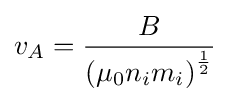
v_{A}={\frac {B}{\left(\mu _{0}n_{i}m_{i}\right)^{\frac {1}{2}}}}